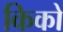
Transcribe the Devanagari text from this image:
किको